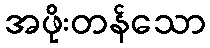
အဖိုးတန်သော